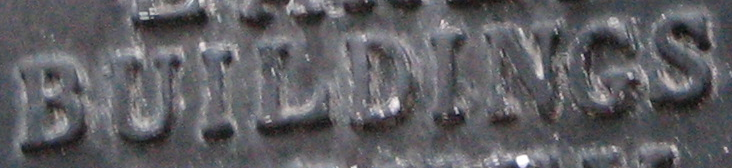
BUILDINGS